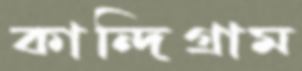
কান্দিগ্রাম